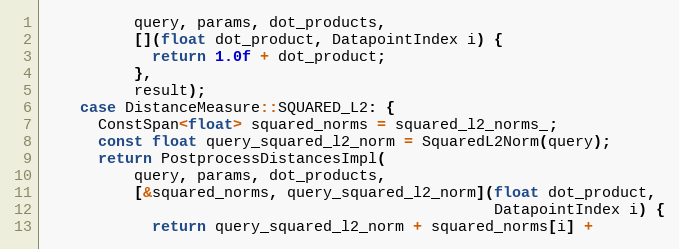
Language: C++
          query, params, dot_products,
          [](float dot_product, DatapointIndex i) {
            return 1.0f + dot_product;
          },
          result);
    case DistanceMeasure::SQUARED_L2: {
      ConstSpan<float> squared_norms = squared_l2_norms_;
      const float query_squared_l2_norm = SquaredL2Norm(query);
      return PostprocessDistancesImpl(
          query, params, dot_products,
          [&squared_norms, query_squared_l2_norm](float dot_product,
                                                  DatapointIndex i) {
            return query_squared_l2_norm + squared_norms[i] +